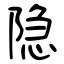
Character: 隐